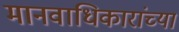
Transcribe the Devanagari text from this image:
मानवाधिकारांच्या